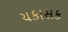
ચકાસક